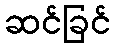
ဆင်ခြင်